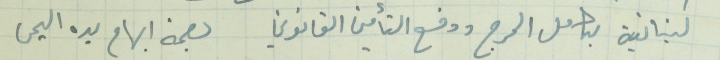
لبنانية بكامل الحرج ودفع التأمين القانوني بصمة ابهام يده اليمنى